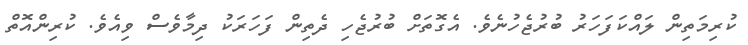
ކުރިމަތިން ލައްކަފަހަރު ބުރުޖެހުނެވެ. އެގޮތަށް ބުރުޖެހި ދެތިން ފަހަރަކު ދިމާވެސް ވިއެވެ. ކުރިންއޮތް